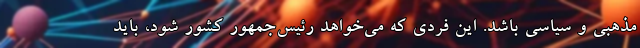
مذهبی و سیاسی باشد. این فردی که می‌خواهد رئیس‌جمهور کشور شود، باید